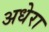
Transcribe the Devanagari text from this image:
अधेरा